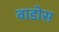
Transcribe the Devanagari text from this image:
वाडोस